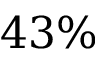
4 3 \%